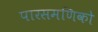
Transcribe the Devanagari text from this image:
पारसमणिको